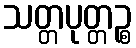
သတ္တပုတ္တဉ္စ